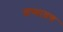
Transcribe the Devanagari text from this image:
शय्याव्रण